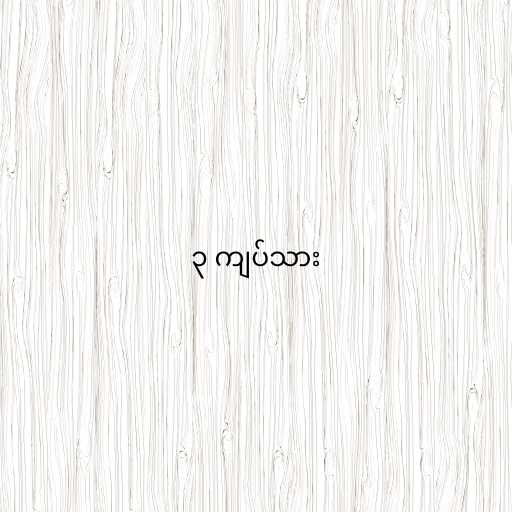
၃ ကျပ်သား